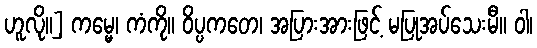
ဟူလို။] ကမ္မေ၊ ကံကို။ ဝိပ္ပကတေ၊ အပြားအားဖြင့် မပြုအပ်သေးမီ။ ဝါ၊